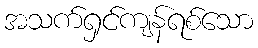
အသက်ရှင်ကျန်ရစ်သော